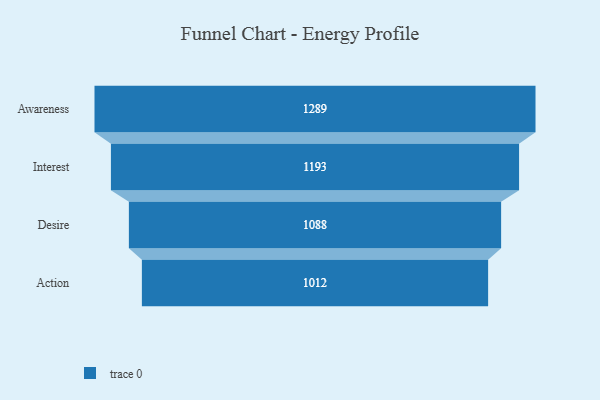
{"axis": {"x": "Stage", "y": "Value"}, "legend": [""], "data": [{"x": "Awareness", "y": 1289.0, "type": ""}, {"x": "Interest", "y": 1193.0, "type": ""}, {"x": "Desire", "y": 1088.0, "type": ""}, {"x": "Action", "y": 1012.0, "type": ""}]}